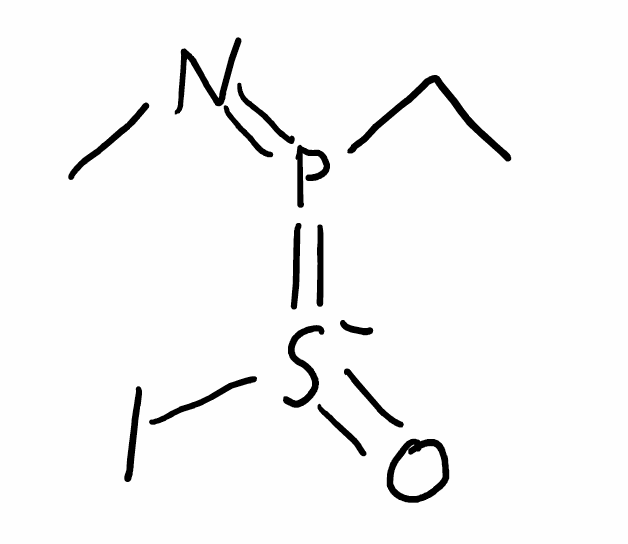
Simplified molecular-input line-entry system (SMILES) notation of the given molecule:
CCP(=NC)=[S-](=O)I